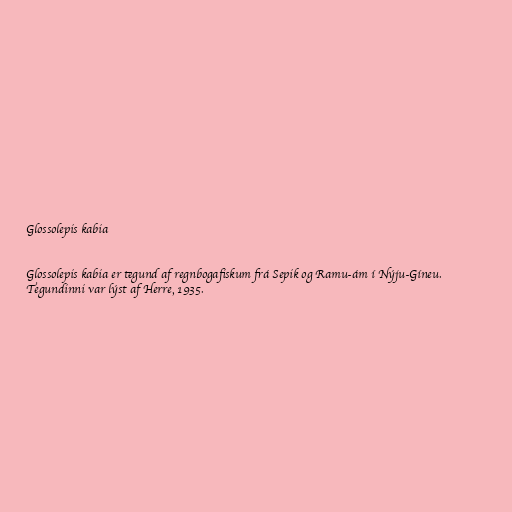
Glossolepis kabia

Glossolepis kabia er tegund af regnbogafiskum frá Sepik og Ramu-ám í Nýju-Gíneu.
Tegundinni var lýst af Herre, 1935.